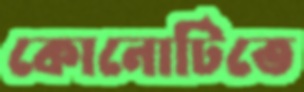
কোনোটিতে